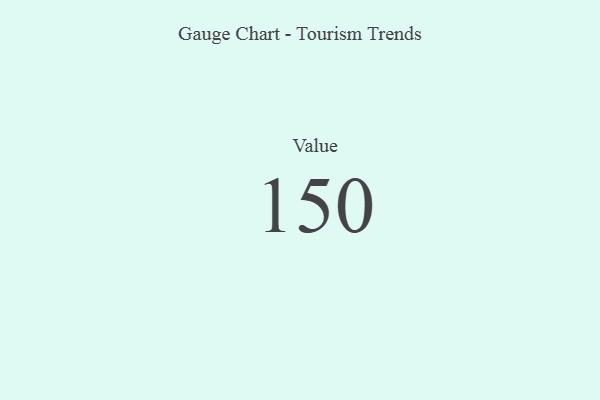
{"axis": {"x": "Metric", "y": "Value"}, "legend": [""], "data": [{"x": "Value", "y": 150, "type": ""}]}